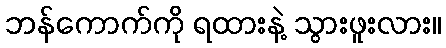
ဘန်ကောက်ကို ရထားနဲ့ သွားဖူးလား။